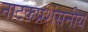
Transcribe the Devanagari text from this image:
नाटकप्रशंसनीय